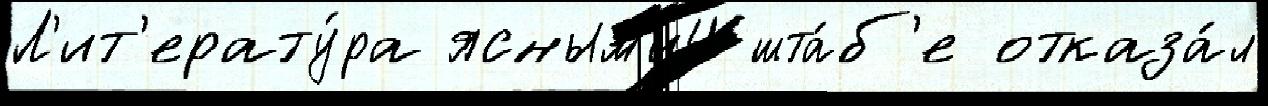
Л'ит'ерату́ра ясным'и4 шта́б'е отказа́л